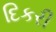
દિકરી